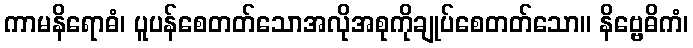
ကာမနိရောဓံ၊ ပူပန်စေတတ်သောအလိုအစုကိုချုပ်စေတတ်သော။ နိဗ္ဗေဓိကံ၊